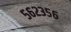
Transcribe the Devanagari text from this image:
५६२३५६